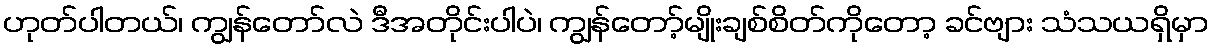
ဟုတ်ပါတယ်၊ ကျွန်တော်လဲ ဒီအတိုင်းပါပဲ၊ ကျွန်တော့်မျိုးချစ်စိတ်ကိုတော့ ခင်ဗျား သံသယရှိမှာ